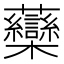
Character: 虊